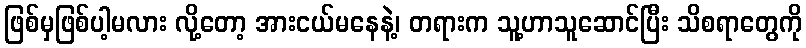
ဖြစ်မှဖြစ်ပါ့မလား လို့တော့ အားငယ်မနေနဲ့၊ တရားက သူ့ဟာသူဆောင်ပြီး သိစရာတွေကို